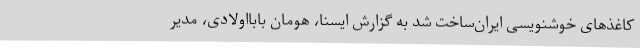
کاغذهای خوشنویسی ایران‌ساخت شد به گزارش ایسنا، هومان بابااولادی، مدیر